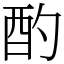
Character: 酌